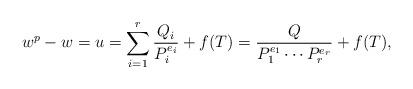
LaTeX: \begin{align*}w^p-w=u=\sum_{i=1}^r\frac{Q_i}{P_i^{e_i}} + f(T)=\frac{Q}{P_1^{e_1}\cdots P_r^{e_r}}+f(T),\end{align*}